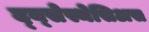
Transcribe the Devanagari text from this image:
द्य्सेस्थेसिअस